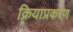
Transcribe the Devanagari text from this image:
क्रियाप्रकरण